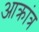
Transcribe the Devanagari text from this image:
आक्रांत्र